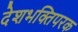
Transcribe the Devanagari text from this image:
देशभक्तिपरक